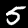
Label: 5